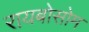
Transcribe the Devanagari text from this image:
रायबोसोम